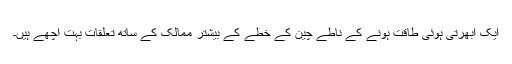
ایک ابھرتی ہوئی طاقت ہونے کے ناطے چین کے خطے کے بیشتر ممالک کے ساتھ تعلقات بہت اچھے ہیں۔